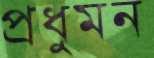
প্রধুমন